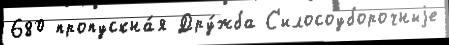
680 пропускна́я Дру́жба С'илосоуборочныjе